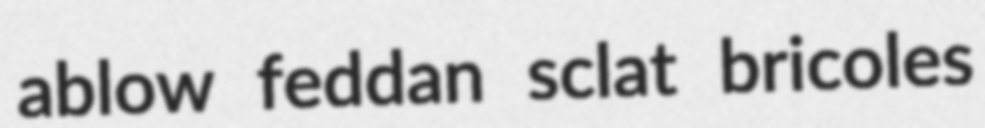
ablow feddan sclat bricoles